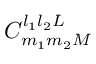
C _ { m _ { 1 } m _ { 2 } M } ^ { l _ { 1 } l _ { 2 } L }